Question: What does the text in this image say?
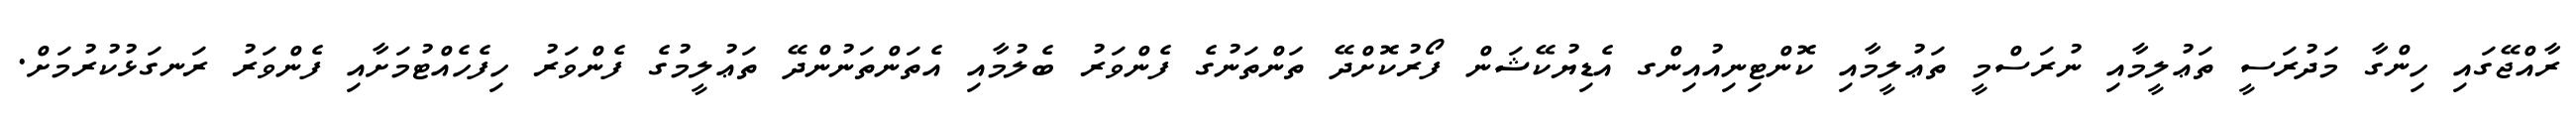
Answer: ރާއްޖޭގައި ހިންގާ މަދުރަސީ ތަޢުލީމާއި ނުރަސްމީ ތަޢުލީމާއި ކޮންޓިނިއުއިންގ އެޑިޔުކޭޝަން ފޯރުކޮށްދޭ ތަންތަނުގެ ފެންވަރު ބެލުމާއި އެތަންތަނުންދޭ ތަޢުލީމުގެ ފެންވަރު ހިފެހެއްޓުމަށާއި ފެންވަރު ރަނގަޅުކުރުމަށް.